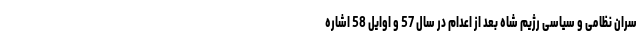
سران نظامی و سیاسی رژیم شاه بعد از اعدام در سال 57 و اوایل 58 اشاره